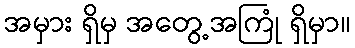
အမှား ရှိမှ အတွေ့အကြုံ ရှိမှာ။